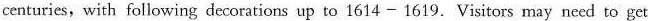
centuries, with following decorations up to 1614 - 1619. Visitors may need to get